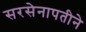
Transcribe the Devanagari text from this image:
सरसेनापतीने